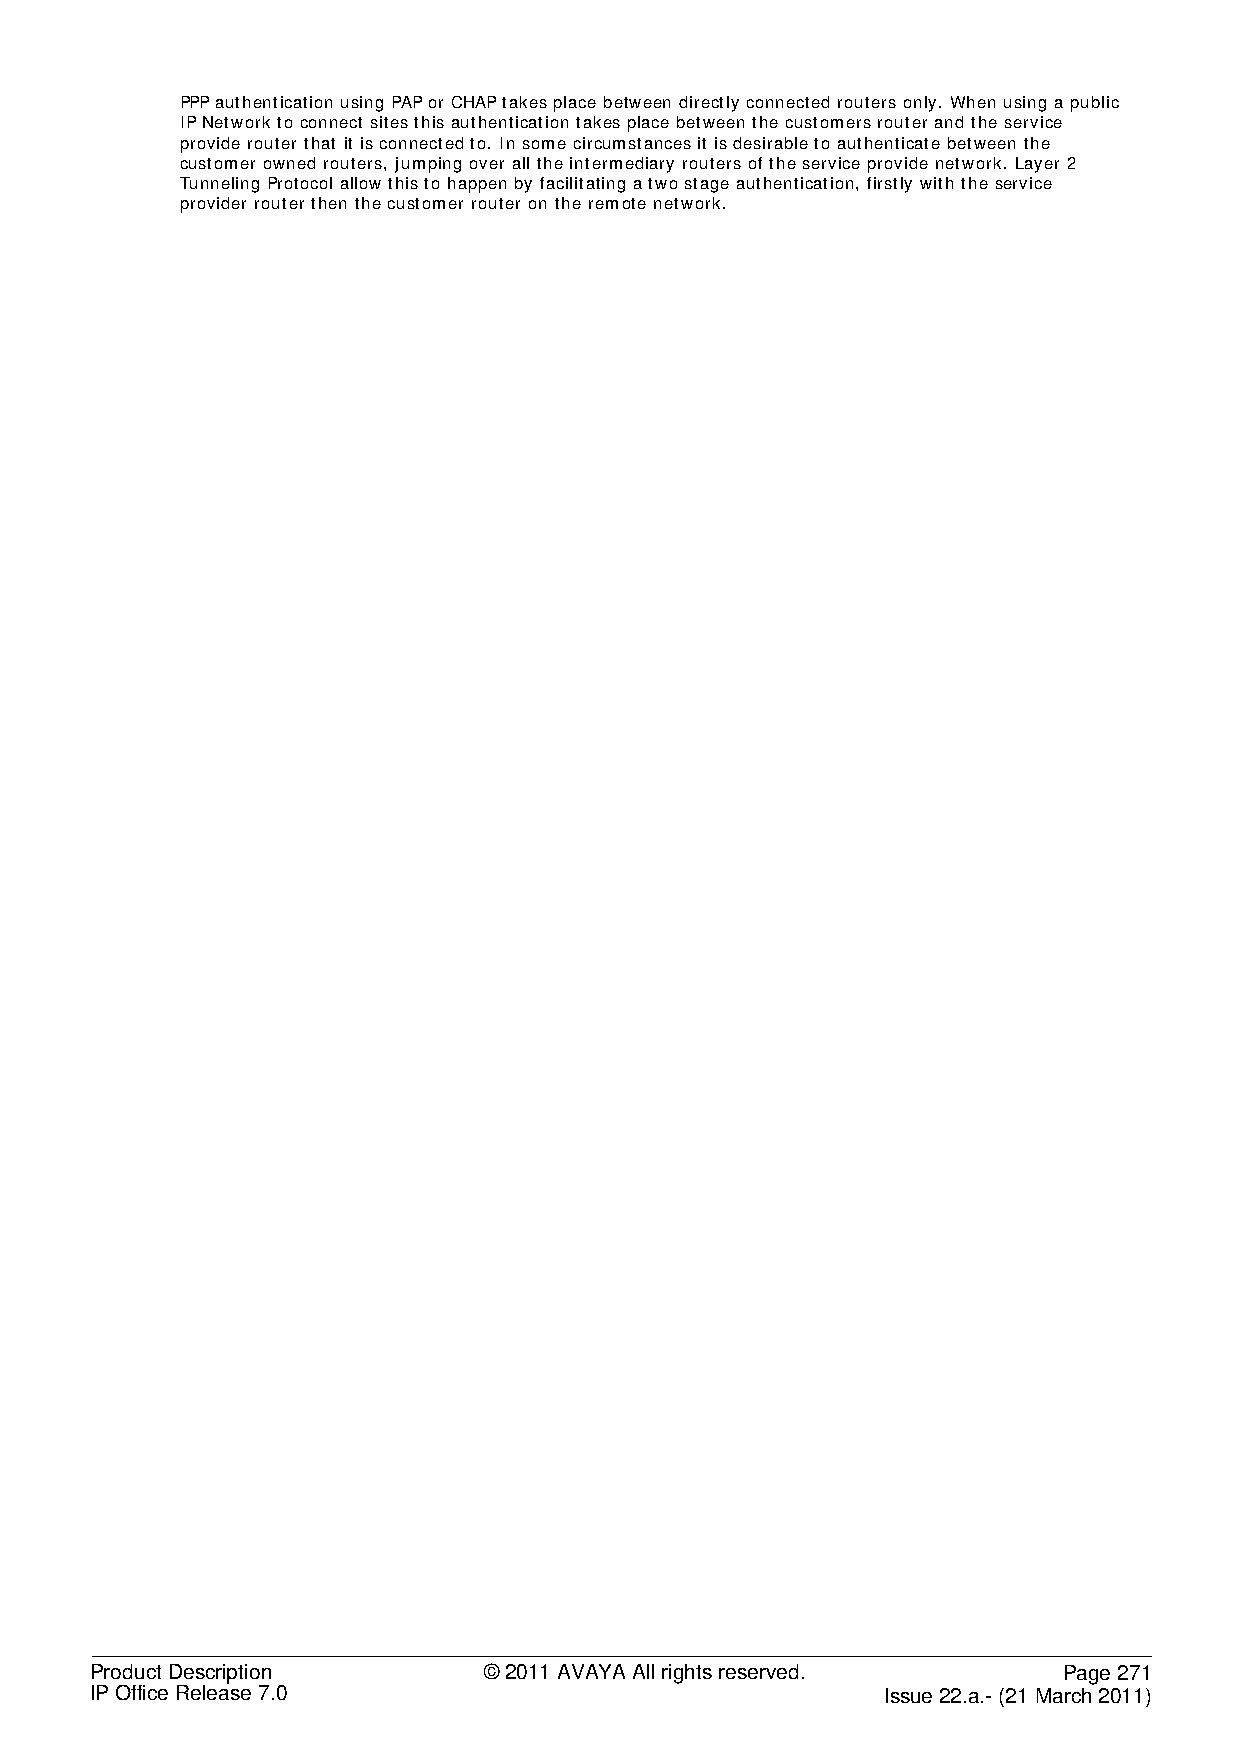
PPP authentication using PAP or CHAP takes place between directly connected routers only. When using a public
 IP Network to connect sites this authentication takes place between the customers router and the service
 provide router that it is connected to. In some circumstances it is desirable to authenticate between the
 customer owned routers, jumping over all the intermediary routers of the service provide network. Layer 2
 Tunneling Protocol allow this to happen by facilitating a two stage authentication, firstly with the service
 provider router then the customer router on the remote network.
 Product Description       © 2011 AVAYA All rights reserved.     Page 271
 IP Office Release 7.0                                Issue 22.a.- (21 March 2011)